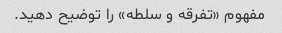
مفهوم «تفرقه و سلطه» را توضیح دهید.